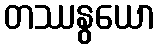
တဿနွယော